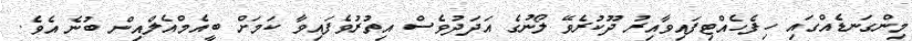
މިންގަނޑެއްގައި ހިފެހެއްޓިފައިވާއިރު ދޫކުރެވޭ ލޯނުގެ އަދަދުވެސް އިތުރުވެފައިވާ ކަމަށް ބީއެމްއެލްއިން ބުނެ އެވެ.